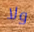
ولا